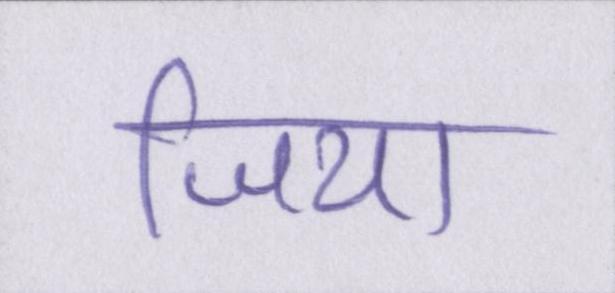
जिया